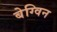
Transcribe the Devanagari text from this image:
बेग्विन